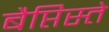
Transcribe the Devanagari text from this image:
बैप्तिस्ते